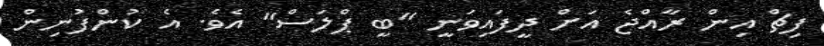
ފިޗް އިން ރާއްޖެ އަށް ދީފައިވަނީ "ބީ ޕްލަސް" އެވެ. އެ ކުންފުނިން